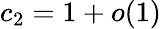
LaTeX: c_{2}=1+o(1)